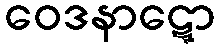
ဝေဒနာဋ္ဋော